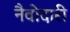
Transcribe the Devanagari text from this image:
नैवोदारी